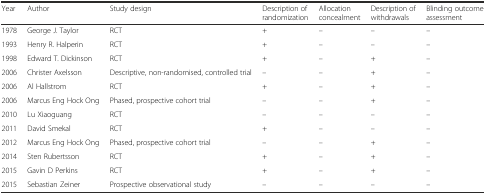
<table><thead><tr><td><b>Year</b></td><td><b>Author</b></td><td><b>Study design</b></td><td><b>Description of randomization</b></td><td><b>Allocation concealment</b></td><td><b>Description of withdrawals</b></td><td><b>Blinding outcome assessment</b></td></tr></thead><tbody><tr><td>1978</td><td>George J. Taylor</td><td>RCT</td><td>+</td><td>–</td><td>–</td><td>–</td></tr><tr><td>1993</td><td>Henry R. Halperin</td><td>RCT</td><td>+</td><td>–</td><td>–</td><td>–</td></tr><tr><td>1998</td><td>Edward T. Dickinson</td><td>RCT</td><td>+</td><td>–</td><td>+</td><td>–</td></tr><tr><td>2006</td><td>Christer Axelsson</td><td>Descriptive, non-randomised, controlled trial</td><td>–</td><td>–</td><td>+</td><td>–</td></tr><tr><td>2006</td><td>Al Hallstrom</td><td>RCT</td><td>+</td><td>–</td><td>+</td><td>–</td></tr><tr><td>2006</td><td>Marcus Eng Hock Ong</td><td>Phased, prospective cohort trial</td><td>–</td><td>–</td><td>+</td><td>–</td></tr><tr><td>2010</td><td>Lu Xiaoguang</td><td>RCT</td><td>–</td><td>–</td><td>–</td><td>–</td></tr><tr><td>2011</td><td>David Smekal</td><td>RCT</td><td>+</td><td>–</td><td>–</td><td>–</td></tr><tr><td>2012</td><td>Marcus Eng Hock Ong</td><td>Phased, prospective cohort trial</td><td>–</td><td>–</td><td>+</td><td>–</td></tr><tr><td>2014</td><td>Sten Rubertsson</td><td>RCT</td><td>+</td><td>–</td><td>+</td><td>–</td></tr><tr><td>2015</td><td>Gavin D Perkins</td><td>RCT</td><td>+</td><td>–</td><td>+</td><td>–</td></tr><tr><td>2015</td><td>Sebastian Zeiner</td><td>Prospective observational study</td><td>–</td><td>–</td><td>–</td><td>–</td></tr></tbody></table>